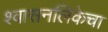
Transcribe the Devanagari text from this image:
श्वासनलिकेचा